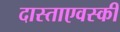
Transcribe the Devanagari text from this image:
दास्ताएवस्की